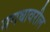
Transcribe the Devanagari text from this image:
मगधावरील